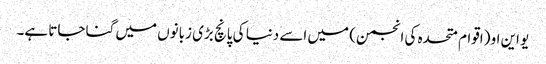
یو این او (اقوام متحدہ کی انجمن) میں اسے دنیا کی پانچ بڑی زبانوں میں گنا جاتا ہے۔